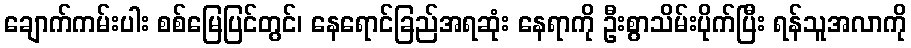
ချောက်ကမ်းပါး စစ်မြေပြင်တွင်၊ နေရောင်ခြည်အရဆုံး နေရာကို ဦးစွာသိမ်းပိုက်ပြီး ရန်သူအလာကို